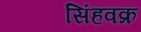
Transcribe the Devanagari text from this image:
सिंहवक्र